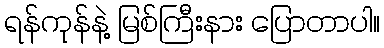
ရန်ကုန်နဲ့ မြစ်ကြီးနား ပြောတာပါ။